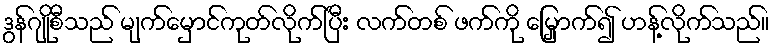
ဒွန်ဂျိုစီသည် မျက်မှောင်ကုတ်လိုက်ပြီး လက်တစ် ဖက်ကို မြှောက်၍ ဟန့်လိုက်သည်။